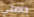
خاصتي